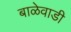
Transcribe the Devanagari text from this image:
बाळेवाडी